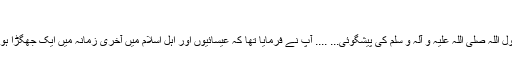
)
رسول اللہ صلی اللہ علیہ و آلہ و سلم کی پیشگوئی... .... آپ نے فرمایا تھا کہ عیسائیوں اور اہل اسلام میں آخری زمانہ میں ایک جھگڑا ہو گا۔